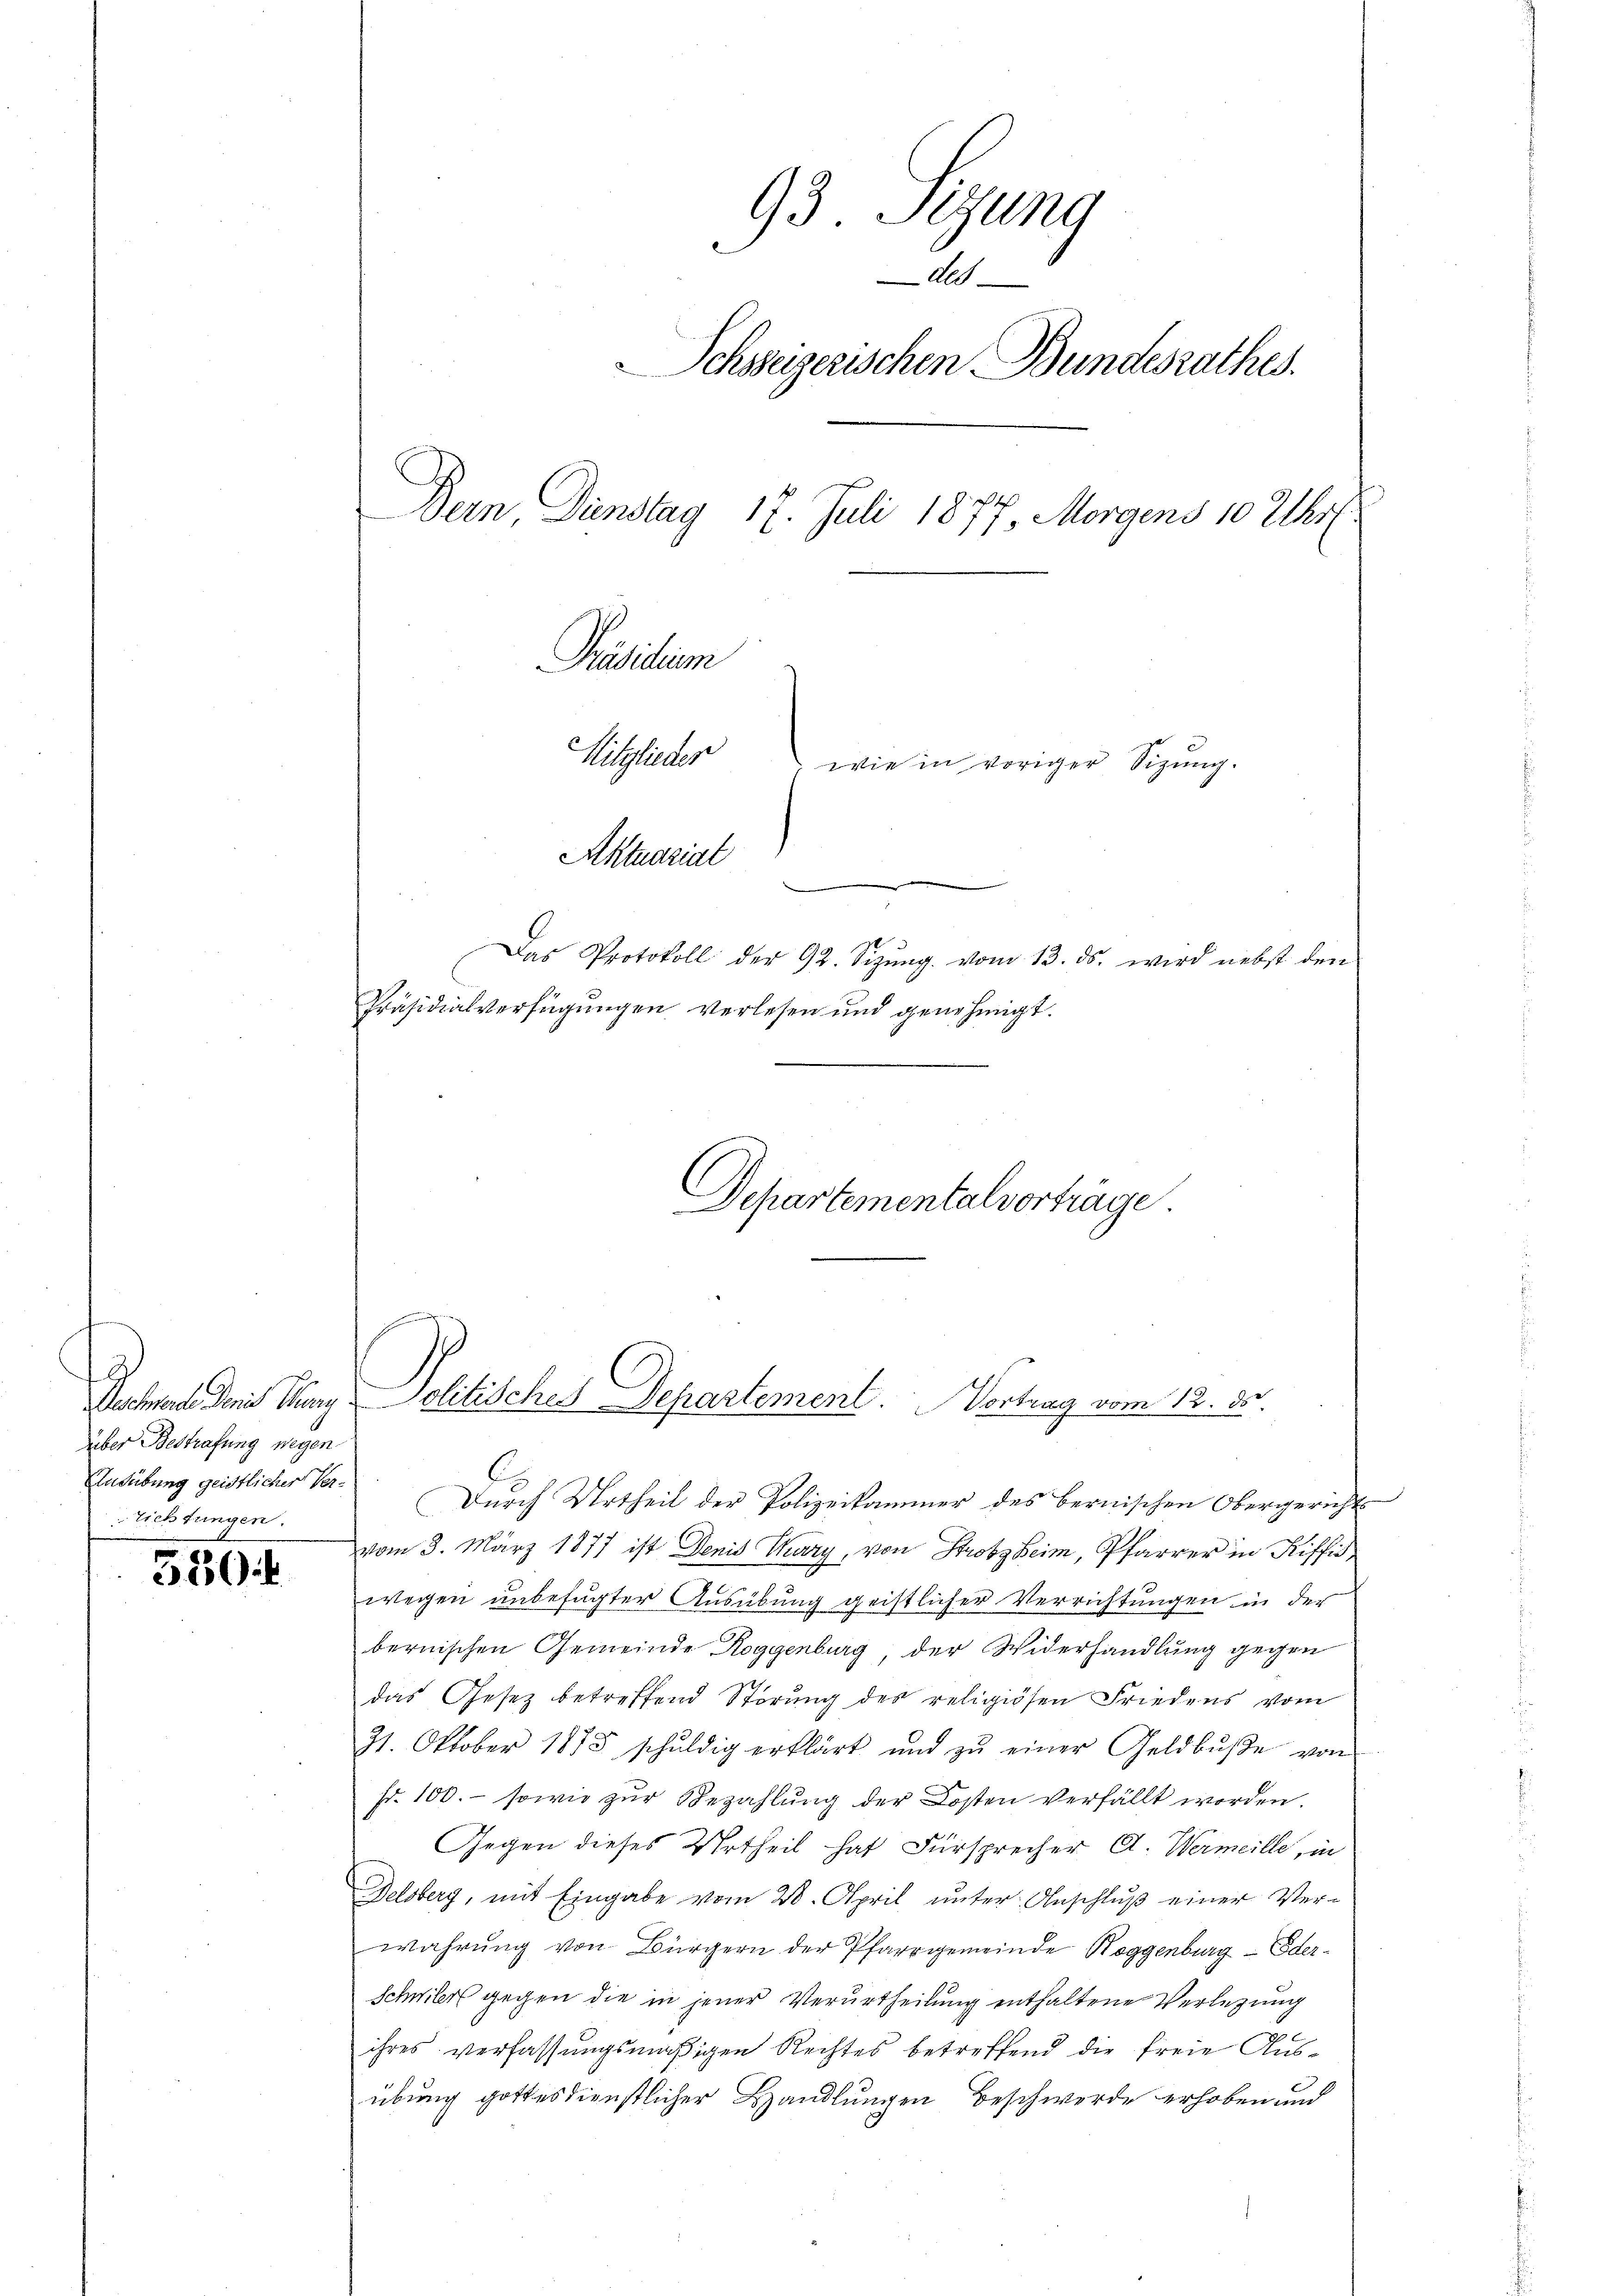
2
Beschwerde Denis Thurg
über Bestrafung wegen.
Ausübung geistlicher Ver¬
Lichtungen.

550

93. Sitzung
Ale
Schsseizerischen Bundesrathes.
Bern, Dinstag 17. Juli 1877, Morgens 10 Uhr.
Präsidium
Mitglieder
wie in voriger Sitzung.
Aktuariat

t
n
Das Protokoll der 92. Sizŭng vom 13. ds. wird nebst den
Präsidialverfügungen verlesen und genehmigt.
Departementalvorträge

Politisches Departement. Vortrag vom 12. d.

Durch Urtheil der Polizeikammer des bernischen Obergericht
vom 3. März 1877 ist Denis Tary, von Strobzheim, Pfarrer in Riffid
wegen unbefugter Ausübung geistlicher Verrichtungen in der
bernischen Gemeinde Roggenburg, der Widerhandlung gegen
das Gesetz betreffend Störung des religiösen Friedens vom
31. Oktober 1883 schŭldig erklärt und zŭ einer Geldbŭβe von
fr. 100.- sowie zŭr Bezahlŭng der Kosten verfällt worden.
Gegen dieses Urtheil hat Fürsprecher A. Wermeille, in
Delsberg, mit Eingabe vom 28. April ŭnter Anschlŭβ einer Ver-
wahrung von Bürgern der Pfarrgemeinde Hoggenburg - Eder¬
Schwilers gegen die in jener Verurtheilung enthaltene Verletzung
s
ihres verfassungsmäßigen Rechtes betreffend die freie Ausübung gottesdienstlicher Handlungen Beschwerde erhoben und